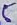
Text: 5